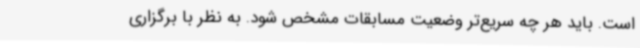
است. باید هر چه سریع‌تر وضعیت مسابقات مشخص شود. به نظر با برگزاری